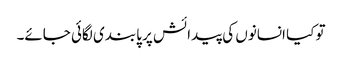
تو کیا انسانوں کی پیدائش پر پابندی لگائی جائے۔